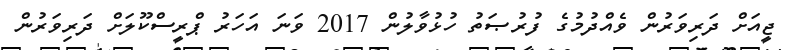
ޖީއަށް ދަރިވަރުން ވެއްދުމުގެ ފުރުޞަތު ހުޅުވާލުން 2017 ވަނަ އަހަރު ޕްރީސްކޫލަށް ދަރިވަރުން